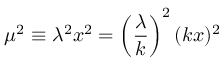
\mu ^ { 2 } \equiv \lambda ^ { 2 } x ^ { 2 } = \left( \frac { \lambda } { k } \right) ^ { 2 } ( k x ) ^ { 2 }